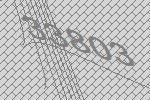
33803